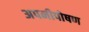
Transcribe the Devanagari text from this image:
अपनीपोषण